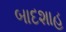
બાદશાહ